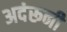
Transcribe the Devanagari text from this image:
अदंरूनी